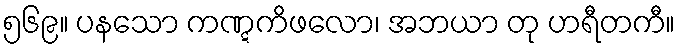
၅၆၉။ ပနသော ကဏ္ဋကိဖလော၊ အဘယာ တု ဟရီတကီ။